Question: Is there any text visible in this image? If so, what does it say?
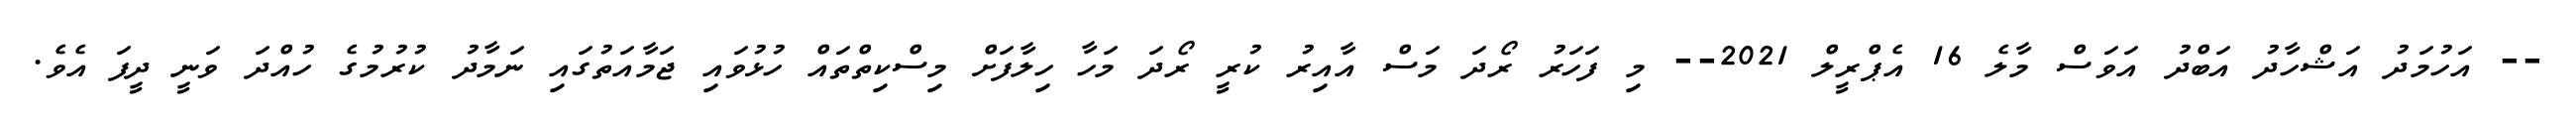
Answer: -- އަހުމަދު އަޝްހާދު އަބްދު އަވަސް މާލެ 16 އެޕްރީލް 2021-- މި ފަހަރު ރޯދަ މަސް އާއިރު ކުރީ ރޯދަ މަހާ ހިލާފަށް މިސްކިތްތައް ހުޅުވައި ޖަމާއަތުގައި ނަމާދު ކުރުމުގެ ހުއްދަ ވަނީ ދީފަ އެވެ.